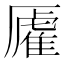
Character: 𫨡